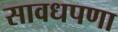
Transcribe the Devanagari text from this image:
सावधपणा